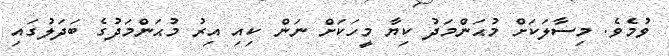
ވުމެވެ. މިސާލަކަށް މުޙަންމަދު ކިޔާ މީހަކަށް ނަން ކިއި އިރު މުޙަންމަދުގެ ބަދަލުގައި